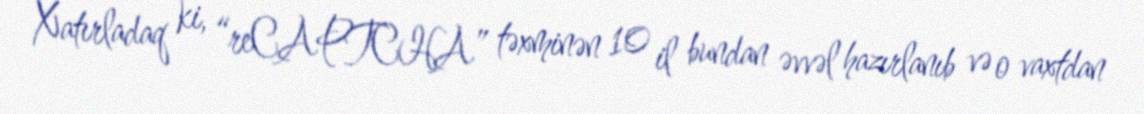
Xatırladaq ki, “reCAPTCHA” təxminən 10 il bundan əvvəl hazırlanıb və o vaxtdan